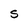
Character: S